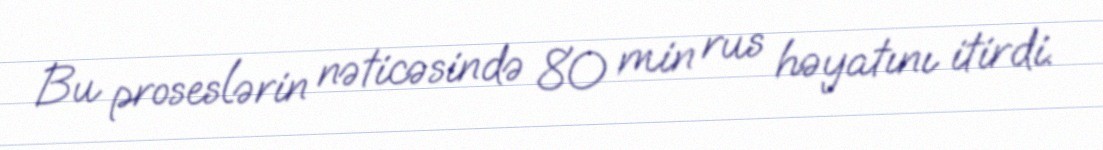
Bu proseslərin nəticəsində 80 min rus həyatını itirdi.